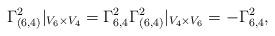
LaTeX: \begin{align*}\Gamma_{(6,4)}^2\vert_{V_6 \times V_4} = \Gamma_{6,4}^2 \Gamma_{(6,4)}^2\vert_{V_4 \times V_6} = - \Gamma_{6,4}^2,\end{align*}